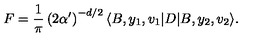
F = \frac { 1 } { \pi } \left( 2 \alpha ^ { \prime } \right) ^ { - d / 2 } \langle B , y _ { 1 } , v _ { 1 } | D | B , y _ { 2 } , v _ { 2 } \rangle .